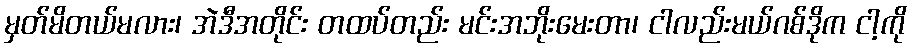
မှတ်မိတယ်မလား၊ အဲဒီအတိုင်း တထပ်တည်း မင်းအဘိုးမေးတာ၊ ငါလည်းမယ်ဂစ်ဒိုက ငါ့ကို